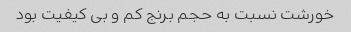
خورشت نسبت به حجم برنج کم و بی کیفیت بود